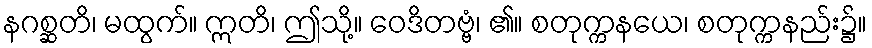
နဂစ္ဆတိ၊ မထွက်။ ဣတိ၊ ဤသို့။ ဝေဒိတဗ္ဗံ၊ ၏။ စတုက္ကနယေ၊ စတုက္ကနည်း၌။